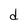
Character: d